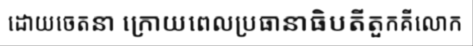
ដោយចេតនា ក្រោយពេលប្រធានាធិបតីតួកគីលោក